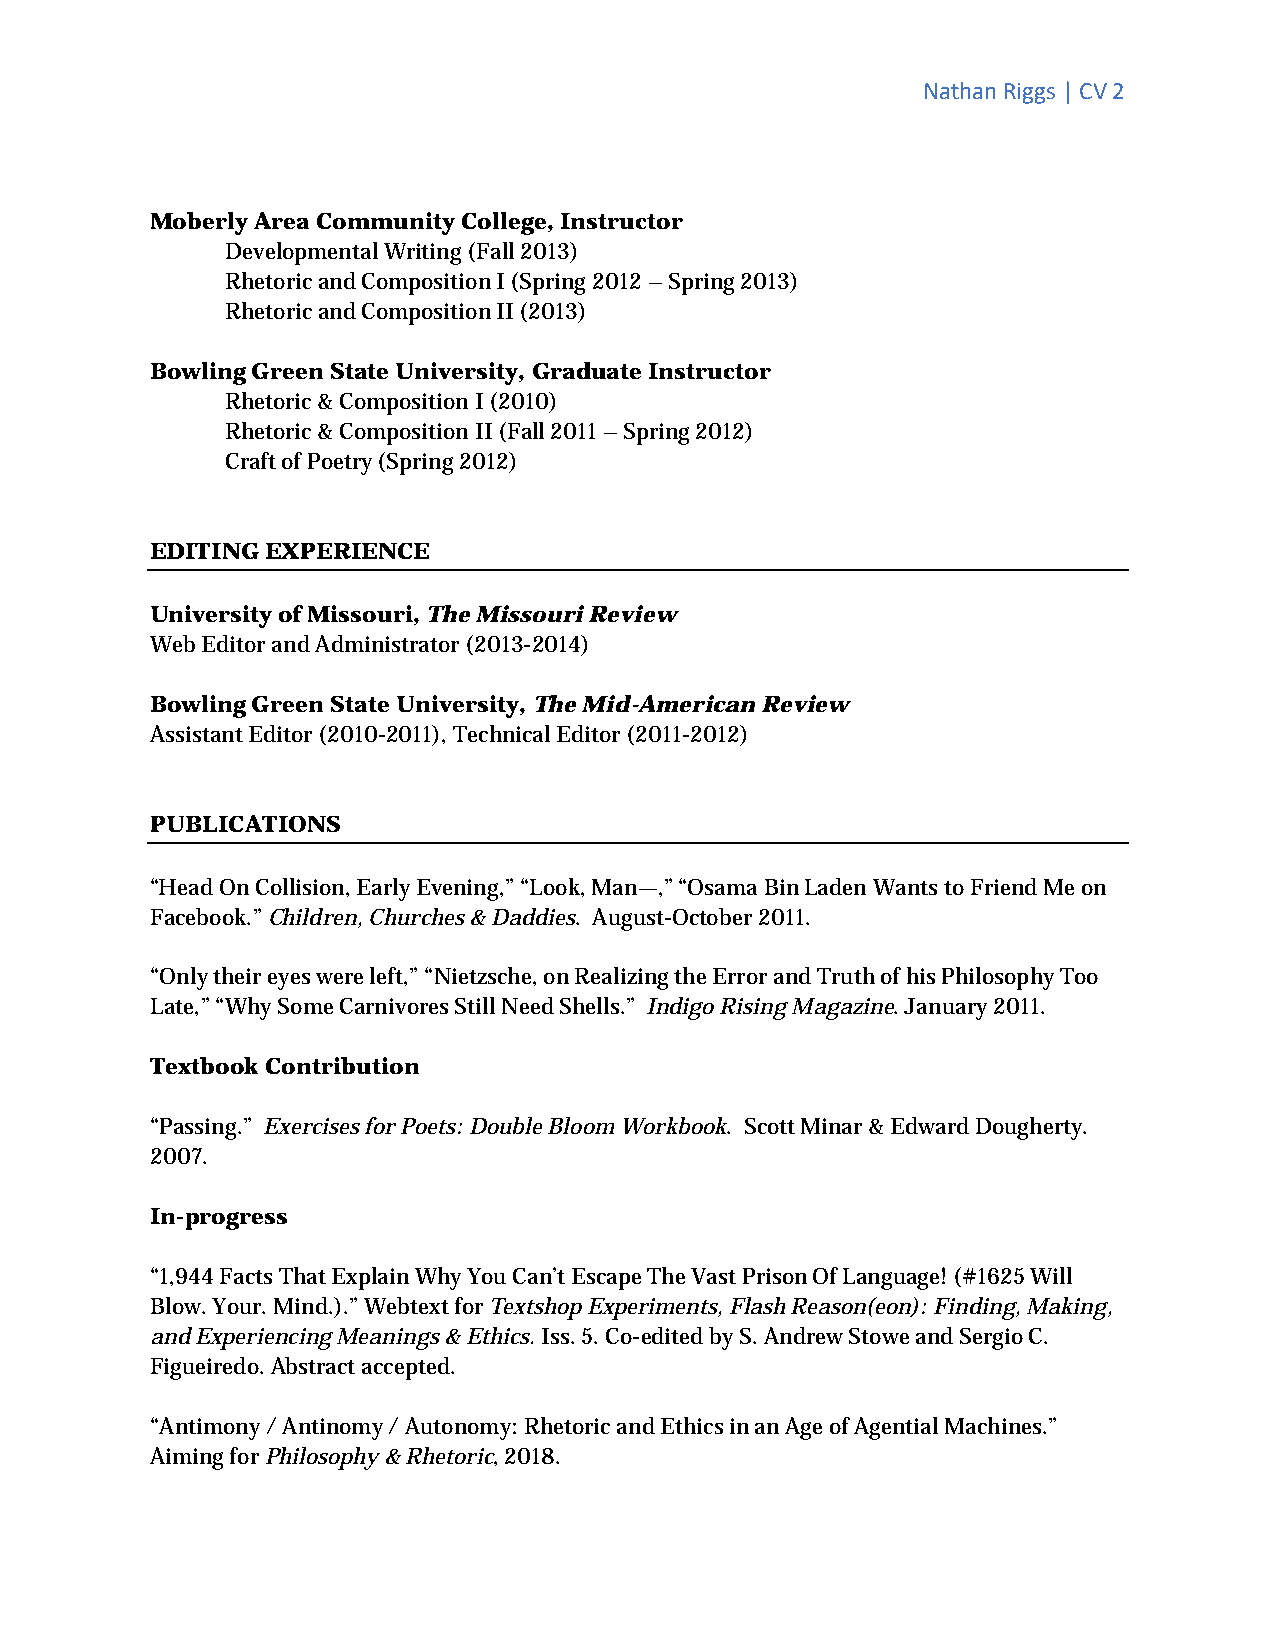
Nathan Riggs | CV 2
 Moberly Area Community College, Instructor
 Developmental Writing (Fall 2013)
 Rhetoric and Composition I (Spring 2012 – Spring 2013)
 Rhetoric and Composition II (2013)
 Bowling Green State University, Graduate Instructor
 Rhetoric & Composition I (2010)
 Rhetoric & Composition II (Fall 2011 – Spring 2012)
 Craft of Poetry (Spring 2012)
 EDITING EXPERIENCE
 University of Missouri, The Missouri Review
 Web Editor and Administrator (2013-2014)
 Bowling Green State University, The Mid-American Review
 Assistant Editor (2010-2011), Technical Editor (2011-2012)
 PUBLICATIONS
 “Head On Collision, Early Evening,” “Look, Man—,” “Osama Bin Laden Wants to Friend Me on
 Facebook.” Children, Churches & Daddies. August-October 2011.
 “Only their eyes were left,” “Nietzsche, on Realizing the Error and Truth of his Philosophy Too
 Late,” “Why Some Carnivores Still Need Shells.” Indigo Rising Magazine. January 2011.
 Textbook Contribution
 “Passing.” Exercises for Poets: Double Bloom Workbook. Scott Minar & Edward Dougherty.
 2007.
 In-progress
 “1,944 Facts That Explain Why You Can’t Escape The Vast Prison Of Language! (#1625 Will
 Blow. Your. Mind.).” Webtext for Textshop Experiments, Flash Reason(eon): Finding, Making,
 and Experiencing Meanings & Ethics. Iss. 5. Co-edited by S. Andrew Stowe and Sergio C.
 Figueiredo. Abstract accepted.
 “Antimony / Antinomy / Autonomy: Rhetoric and Ethics in an Age of Agential Machines.”
 Aiming for Philosophy & Rhetoric, 2018.